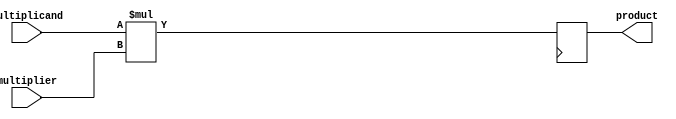
module SignedMultiplier(
    input signed [15:0] multiplicand,
    input signed [15:0] multiplier,
    output reg signed [31:0] product
);

reg signed [31:0] temp_product;

always @(*) begin
    temp_product = multiplicand * multiplier;
end

always @(posedge clk) begin
    product = temp_product;
end

endmodule